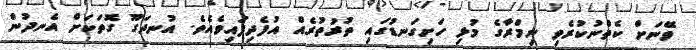
ވޭނަށް ކެތްނުކުރެވި ނިމްރާގެ މުޅި ހަށިގަނޑުގައި ތުރުތުރެއް އުފެދިފައިވެއެވެ. އުނދަގޫ ގޮތަކަށް އެނދުން